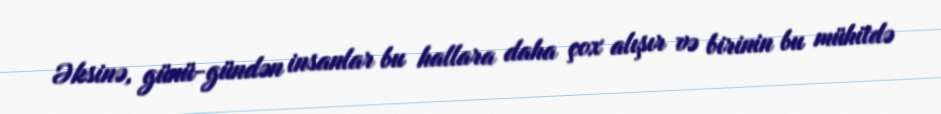
Əksinə, günü-gündən insanlar bu hallara daha çox alışır və birinin bu mühitdə